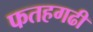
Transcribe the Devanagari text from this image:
फतहगढी